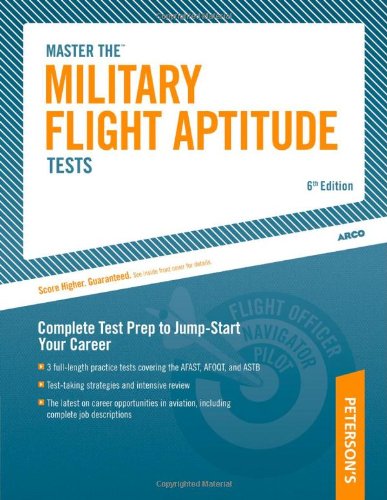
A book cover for Military Flight Aptitude Tests, 6/e (Peterson's Master the Military Flight Aptitude Tests); Arco; Test Preparation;